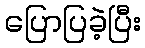
ပြောပြခဲ့ပြီး